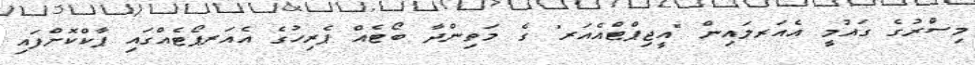
މިސްރުގެ ގައުމީ އެއަރލައިން "އީޖިޕްޓްއެއަރ" ގެ މަތިންދާ ބޯޓެއް ޕެރިހުގެ އެއަރޕޯޓެއްގައި ޕާކްކޮށްފައި